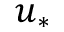
u _ { * }